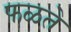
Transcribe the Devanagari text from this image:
फळते